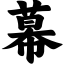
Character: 幕